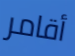
أقامر